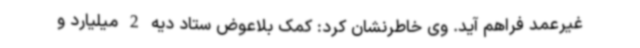
غیرعمد فراهم آید. وی خاطرنشان کرد: کمک بلاعوض ستاد دیه 2 میلیارد و